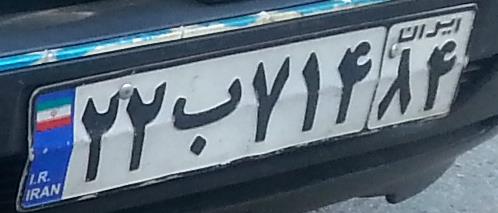
۲۲ب۷۱۴۸۴